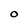
Character: O